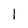
Character: l